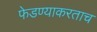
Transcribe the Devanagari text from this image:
फेडण्याकरताच